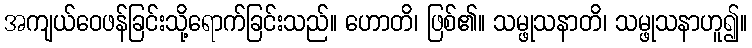
အကျယ်ဝေဖန်ခြင်းသို့ရောက်ခြင်းသည်။ ဟောတိ၊ ဖြစ်၏။ သမ္ဖုသနာတိ၊ သမ္ဖုသနာဟူ၍။